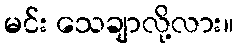
မင်း သေချာလို့လား။